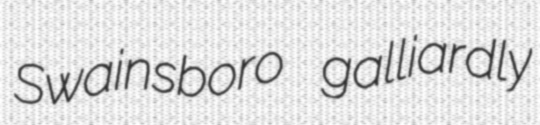
Swainsboro galliardly